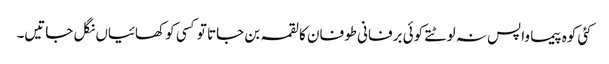
کئی کوہ پیما واپس نہ لوٹتے کوئی برفانی طوفان کا لقمہ بن جاتا تو کسی کو کھائیاں نگل جاتیں۔